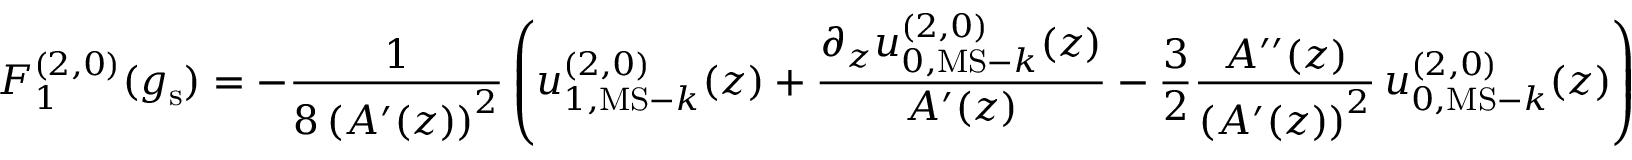
F _ { 1 } ^ { ( 2 , 0 ) } ( g _ { \mathrm { s } } ) = - \frac { 1 } { 8 \left( A ^ { \prime } ( z ) \right) ^ { 2 } } \left( u _ { 1 , { \mathrm { M S - } } k } ^ { ( 2 , 0 ) } ( z ) + \frac { \partial _ { z } u _ { 0 , { \mathrm { M S - } } k } ^ { ( 2 , 0 ) } ( z ) } { A ^ { \prime } ( z ) } - \frac { 3 } { 2 } \frac { A ^ { \prime \prime } ( z ) } { \left( A ^ { \prime } ( z ) \right) ^ { 2 } } \, u _ { 0 , { \mathrm { M S - } } k } ^ { ( 2 , 0 ) } ( z ) \right)